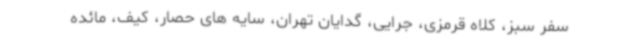
سفر سبز، کلاه قرمزی، جرایی، گدایان تهران، سایه های حصار، کیف، مائده